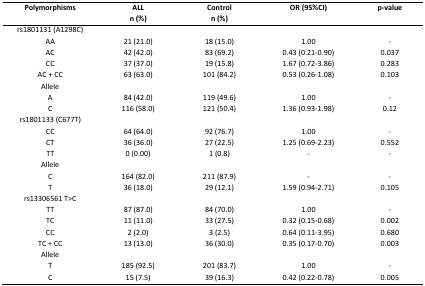
<table><thead><tr><td><b>Polymorphisms</b></td><td><b>ALLn (%)</b></td><td><b>Controln (%)</b></td><td><b>OR (95%CI)</b></td><td><b>p-value</b></td></tr></thead><tbody><tr><td>rs1801131 (A1298C)</td><td></td><td></td><td></td><td></td></tr><tr><td>AA</td><td>21 (21.0)</td><td>18 (15.0)</td><td>1.00</td><td>-</td></tr><tr><td>AC</td><td>42 (42.0)</td><td>83 (69.2)</td><td>0.43 (0.21-0.90)</td><td>0.037</td></tr><tr><td>CC</td><td>37 (37.0)</td><td>19 (15.8)</td><td>1.67 (0.72-3.86)</td><td>0.283</td></tr><tr><td>AC + CC</td><td>63 (63.0)</td><td>101 (84.2)</td><td>0.53 (0.26-1.08)</td><td>0.103</td></tr><tr><td>Allele</td><td></td><td></td><td></td><td></td></tr><tr><td>A</td><td>84 (42.0)</td><td>119 (49.6)</td><td>1.00</td><td>-</td></tr><tr><td>C</td><td>116 (58.0)</td><td>121 (50.4)</td><td>1.36 (0.93-1.98)</td><td>0.12</td></tr><tr><td>rs1801133 (C677T)</td><td></td><td></td><td></td><td></td></tr><tr><td>CC</td><td>64 (64.0)</td><td>92 (76.7)</td><td>1.00</td><td>-</td></tr><tr><td>CT</td><td>36 (36.0)</td><td>27 (22.5)</td><td>1.25 (0.69-2.23)</td><td>0.552</td></tr><tr><td>TT</td><td>0 (0.00)</td><td>1 (0.8)</td><td>-</td><td>-</td></tr><tr><td>Allele</td><td></td><td></td><td></td><td></td></tr><tr><td>C</td><td>164 (82.0)</td><td>211 (87.9)</td><td>-</td><td>-</td></tr><tr><td>T</td><td>36 (18.0)</td><td>29 (12.1)</td><td>1.59 (0.94-2.71)</td><td>0.105</td></tr><tr><td>rs13306561 T&gt;C</td><td></td><td></td><td></td><td></td></tr><tr><td>TT</td><td>87 (87.0)</td><td>84 (70.0)</td><td>1.00</td><td>-</td></tr><tr><td>TC</td><td>11 (11.0)</td><td>33 (27.5)</td><td>0.32 (0.15-0.68)</td><td>0.002</td></tr><tr><td>CC</td><td>2 (2.0)</td><td>3 (2.5)</td><td>0.64 (0.11-3.95)</td><td>0.680</td></tr><tr><td>TC + CC</td><td>13 (13.0)</td><td>36 (30.0)</td><td>0.35 (0.17-0.70)</td><td>0.003</td></tr><tr><td>Allele</td><td></td><td></td><td></td><td></td></tr><tr><td>T</td><td>185 (92.5)</td><td>201 (83.7)</td><td>1.00</td><td>-</td></tr><tr><td>C</td><td>15 (7.5)</td><td>39 (16.3)</td><td>0.42 (0.22-0.78)</td><td>0.005</td></tr></tbody></table>